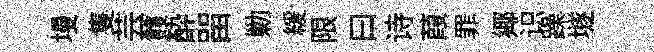
墁隻芸䨇酔㽞勦緩限曰诗葭罪鄊识躁𡑞